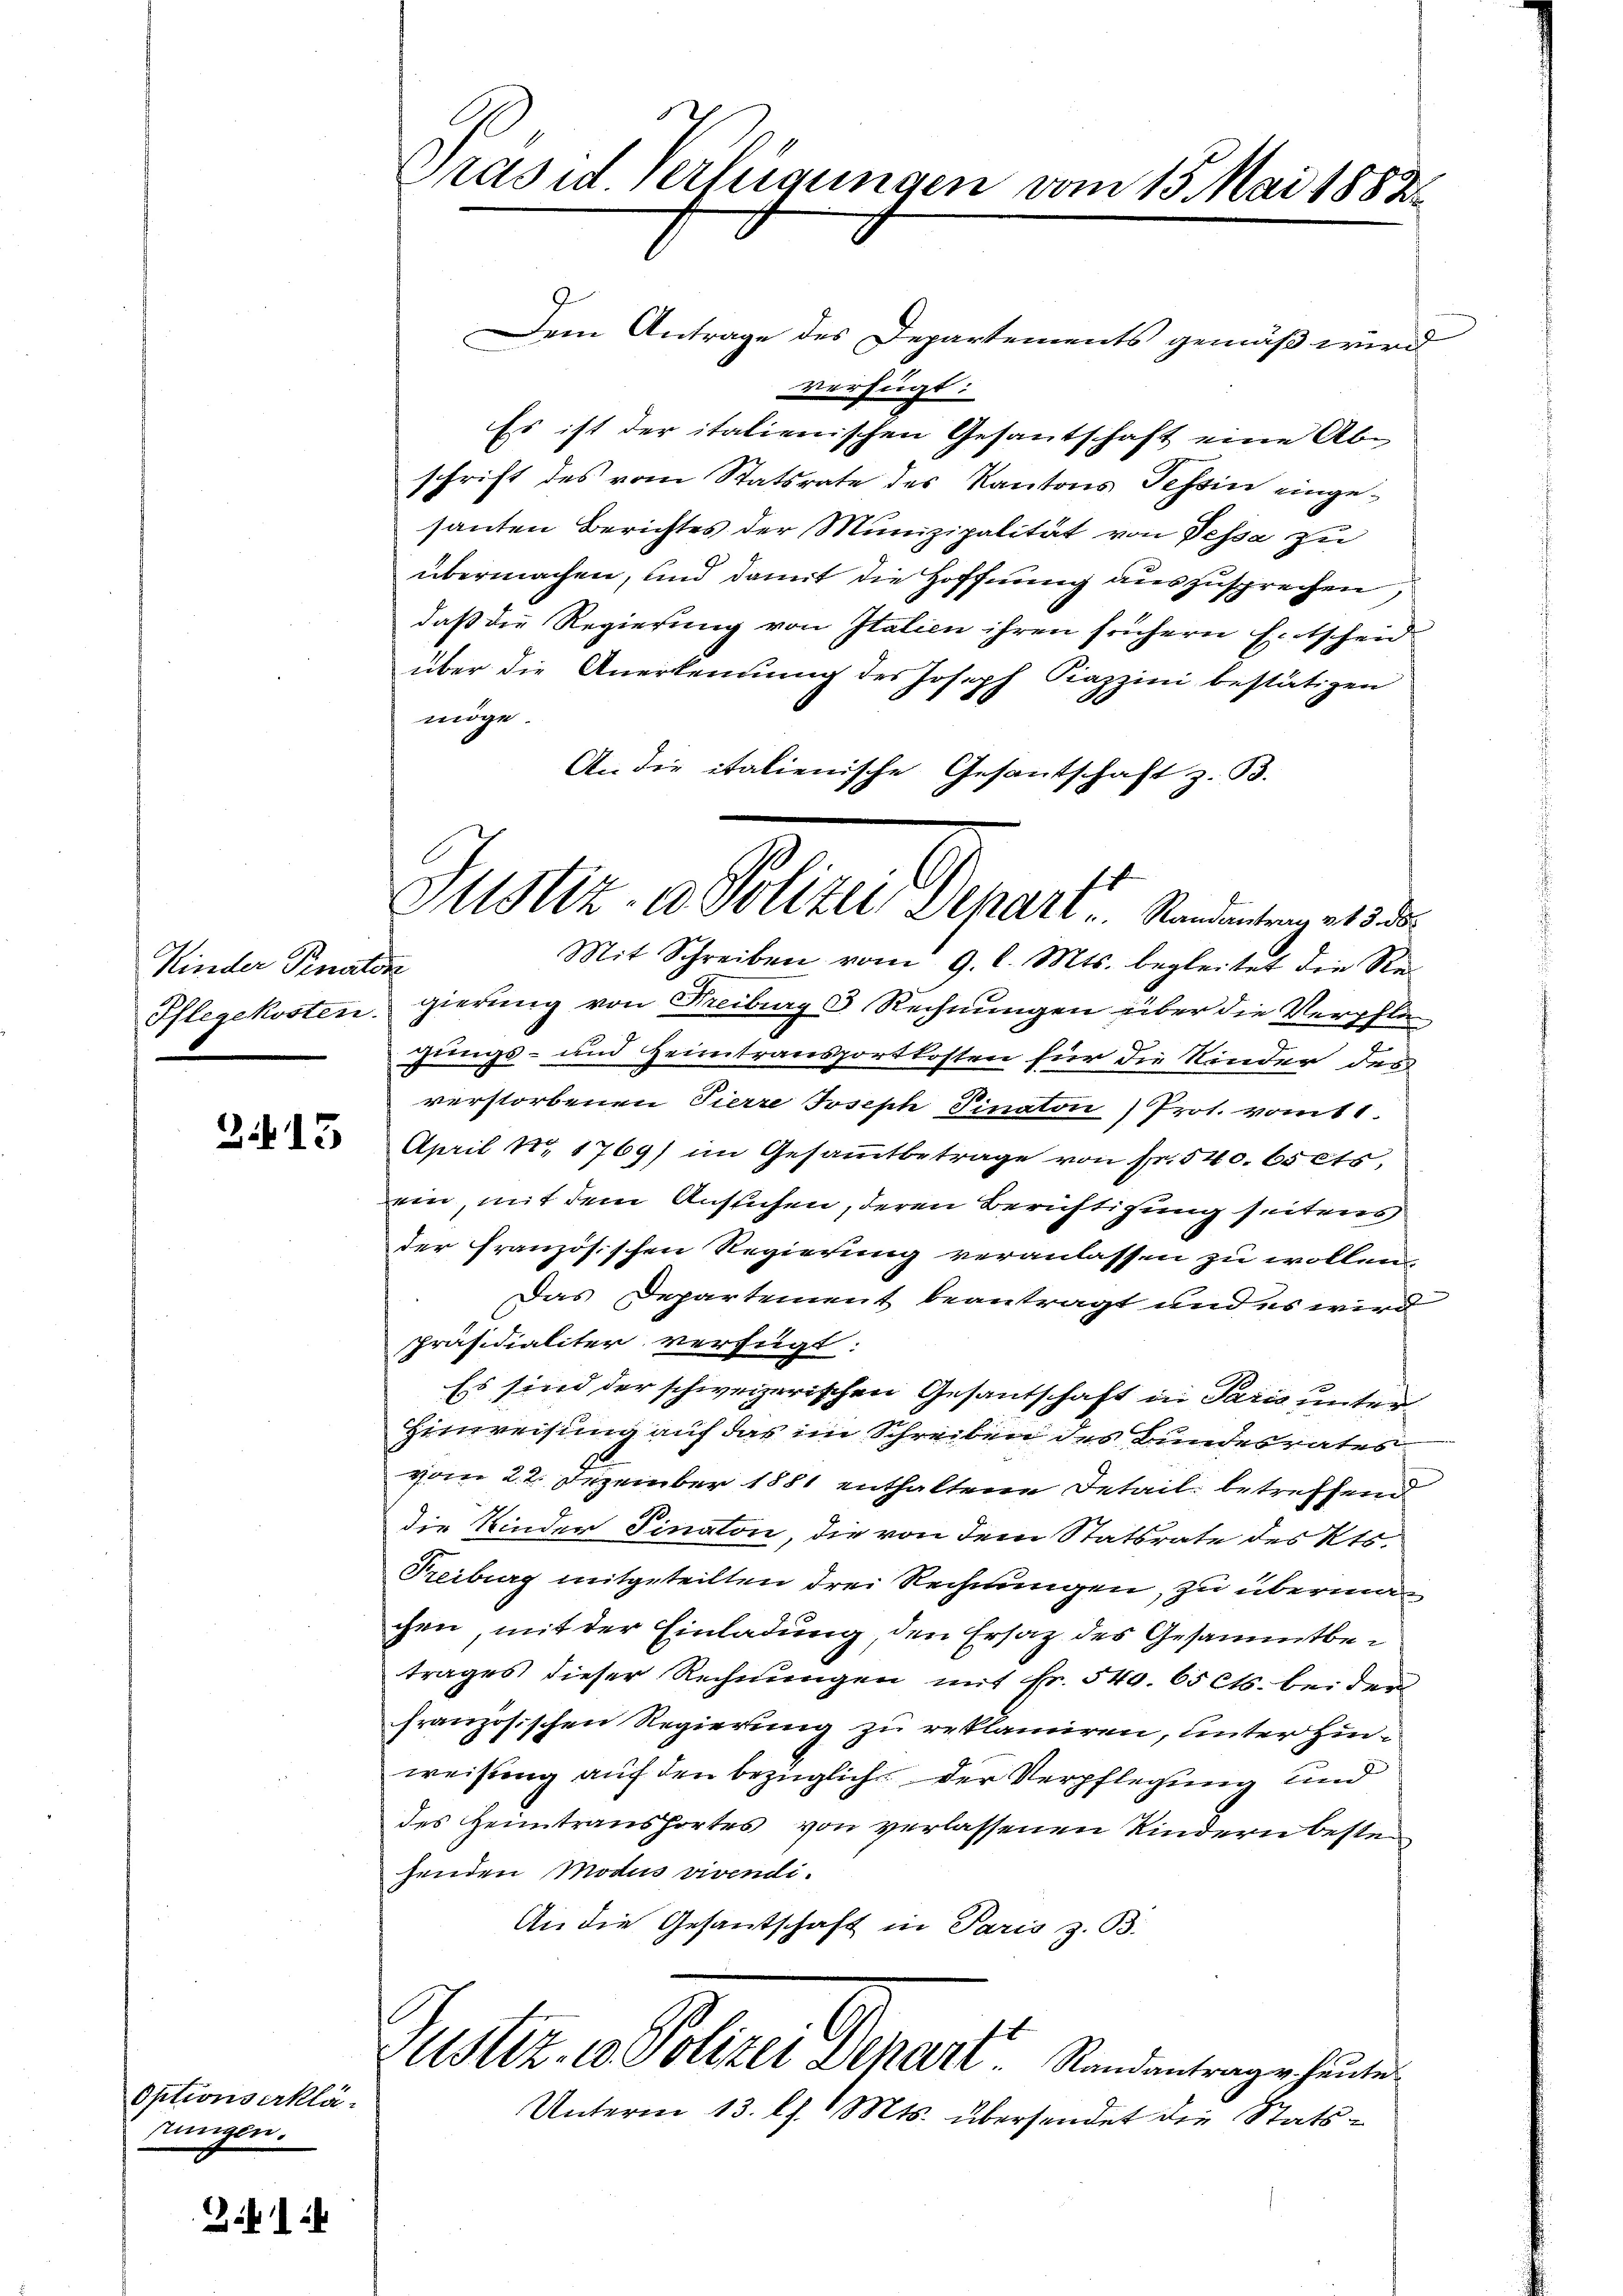
Kinder Penaten
Pflegekosten.

2. 13

Optionserklästungen.

Prasid Verfügungen vom 15. Mai 1882

Dem Antrage des Departements gemäß wird
vverfügt:
Es ist der italienischen Gesantschaft eine Ab-
schrift des vom Statsrate des Kantons Tessin eingesanten Berichtes der Munizipalität von Dessa zu
übermachen, und damit die Hoffnung auszusprechen,
daß die Regierung von Italien ihren frühern Entscheid
über die Anerkennung des Joseph Piazzini bestätigen
möge.
An die italienische Gesantschaft z. B.
Mit Schreiben vom 9. l. Mts. begleitet die Regierung von Freiburg 3 Rechnungen über die Verpflegungs- und Heimtransportkosten für die Kinder des
verstorbenen Tierre Joseph Finator Prot. vom 11.
April Nr. 1769) im Gesammtbetrage von Fr. 540. 65 cts.
ein, mit dem Ansuchen, deren Berichtigung seitens
der französischen Regierung veranlassen zu wollen,
Das Departement beantragt und es wird
präsidialiter verfügt:
Es sind der schweizerischen Gesantschaft in Paris unter¬
Hinweisung auf das im Schreiben des Bundesrates
vom 22. Dezember 1881 enthaltene Detail betreffend
die Kinder Finaton, die von dem Statsrate des Kts.
Freiburg mitgeteilten drei Rechnungen, zu übermachen mit der Einladung, den Ersatz des Gesammtbetrages dieser Rechnungen mit Fr. 540. 65 Cts. bei der
französischen Regierung zu reklamiren, unter Hinweisung auf den bezüglich der Verpflegung und
des Heimtransportes von verlassenen Kindern beste
henden Modus vivendi¬
An die Gesantschaft in Paris z. B.

Mit Stiz- u Polizei Schart . Randantrag et 3. ds.

st
Ustiz- u. Polizei Schart  .   Randantrage heute
Unterm 13. l. Mts. übersendet die Stats¬